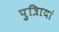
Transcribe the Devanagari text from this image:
पुत्रिायां